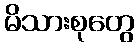
မိသားစုတွေ